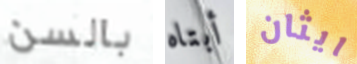
بالسن أبتاه ايثان